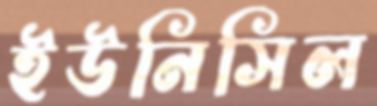
ইউনিসিল